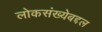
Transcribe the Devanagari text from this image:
लोकसंख्येबद्दल